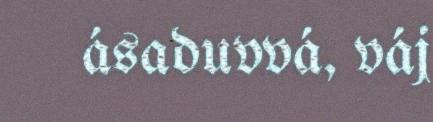
ásaduvvá, váj